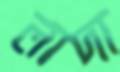
লাদা